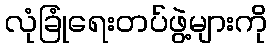
လုံခြုံရေးတပ်ဖွဲ့များကို